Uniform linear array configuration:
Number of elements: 24
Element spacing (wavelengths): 0.75
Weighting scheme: exponential
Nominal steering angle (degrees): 0
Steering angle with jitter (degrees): -1.711
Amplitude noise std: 0.05
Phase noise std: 0.05

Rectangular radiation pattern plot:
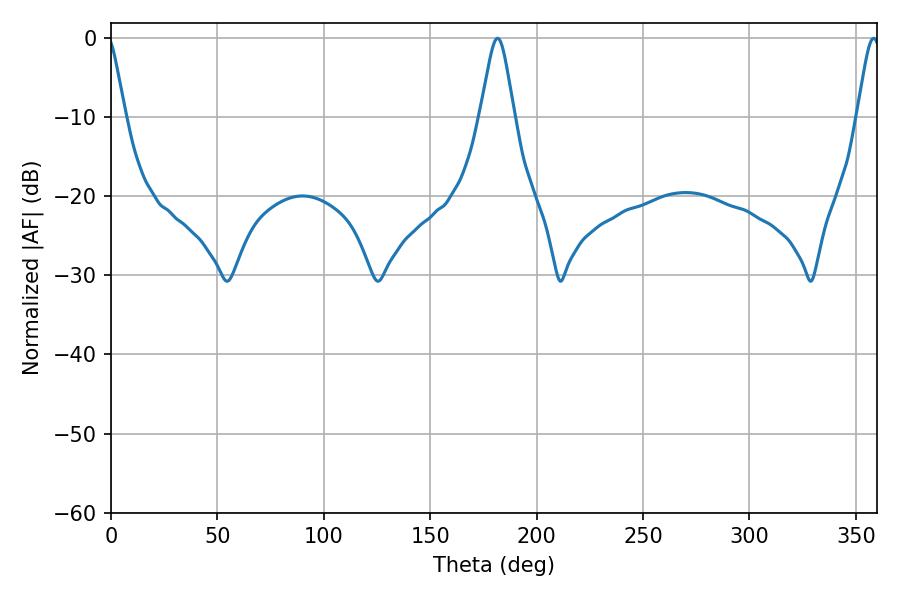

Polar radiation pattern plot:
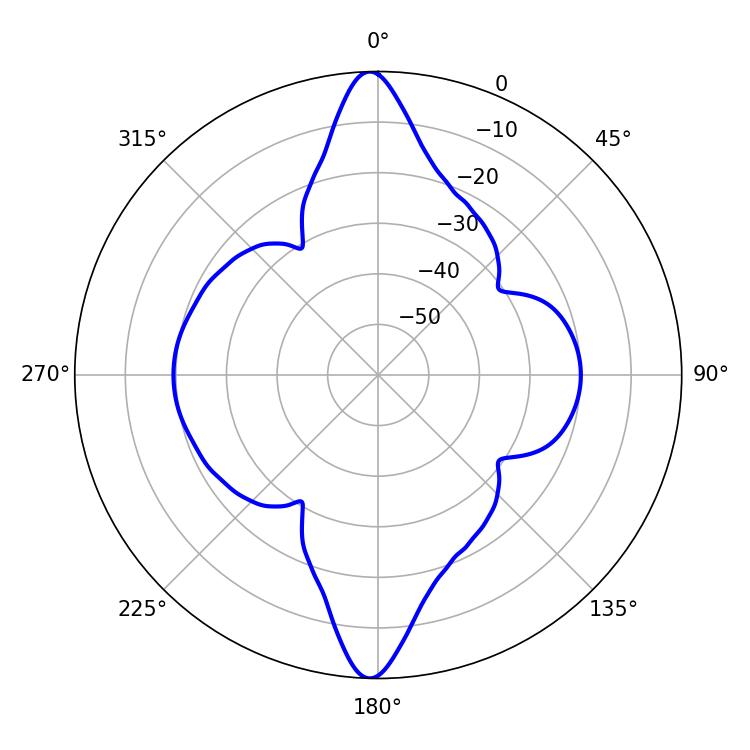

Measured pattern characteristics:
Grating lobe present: TRUE
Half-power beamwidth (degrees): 7.56
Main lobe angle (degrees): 181.62